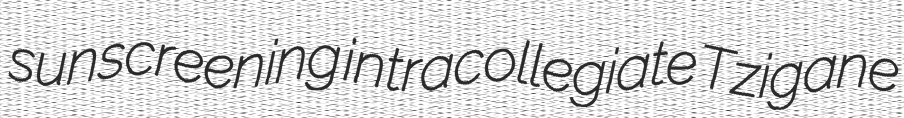
sunscreening intracollegiate Tzigane